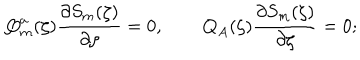
\mathbf { Q } _ { m } ^ { a } ( \zeta ) \frac { \partial S _ { m } ( \zeta ) } { \partial \zeta } = 0 , \qquad \mathbf { Q } _ { A } ( \zeta ) \frac { \partial S _ { m } ( \zeta ) } { \partial \zeta } = 0 ;